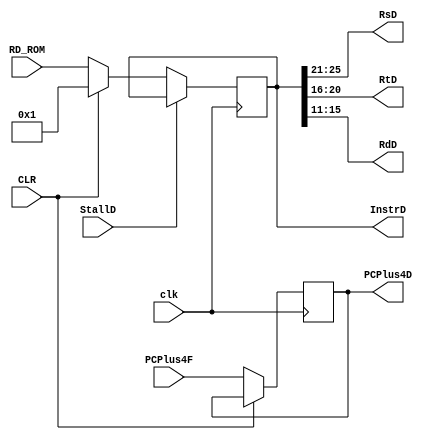
module CLK1(clk,StallD,PCPlus4F,CLR,RD_ROM,InstrD,RsD,RtD,RdD,PCPlus4D);

input clk,StallD,CLR;
input [31:0] RD_ROM,PCPlus4F;
output reg [31:0] InstrD,PCPlus4D;
output wire [4:0] RsD,RtD,RdD;

always @ (posedge clk)
begin
	if(StallD) InstrD <= InstrD;
	else if(CLR) 
	begin
		InstrD <= 32'h0000_0001;
	end
	else InstrD <= RD_ROM;
end

always @ ( posedge clk )
begin
	if(CLR) PCPlus4D <= PCPlus4D;//********************?
	else PCPlus4D <= PCPlus4F;
end

assign RsD = InstrD[25:21];
assign RtD = InstrD[20:16];
assign RdD = InstrD[15:11];

endmodule